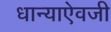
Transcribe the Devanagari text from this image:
धान्याऐवजी